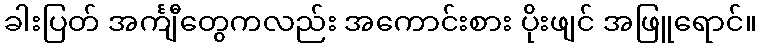
ခါးပြတ် အင်္ကျီတွေကလည်း အကောင်းစား ပိုးဖျင် အဖြူရောင်။